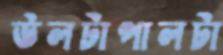
উলটাপালটা